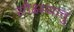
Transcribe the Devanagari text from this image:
सौक्ष्म्यात्तु